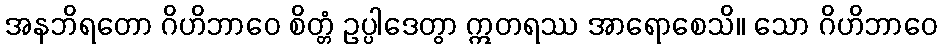
အနဘိရတော ဂိဟိဘာဝေ စိတ္တံ ဥပ္ပါဒေတွာ ဣတရဿ အာရောစေသိ။ သော ဂိဟိဘာဝေ